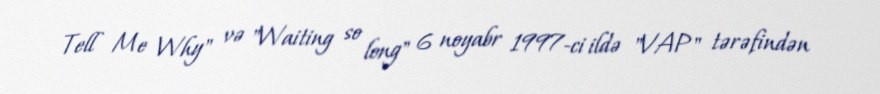
Tell Me Why" və "Waiting so long" 6 noyabr 1997-ci ildə "VAP" tərəfindən